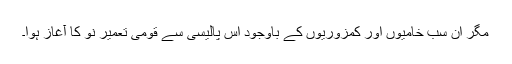
مگر ان سب خامیوں اور کمزوریوں کے باوجود اس پالیسی سے قومی تعمیر نو کا آغاز ہوا۔